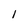
Character: 1